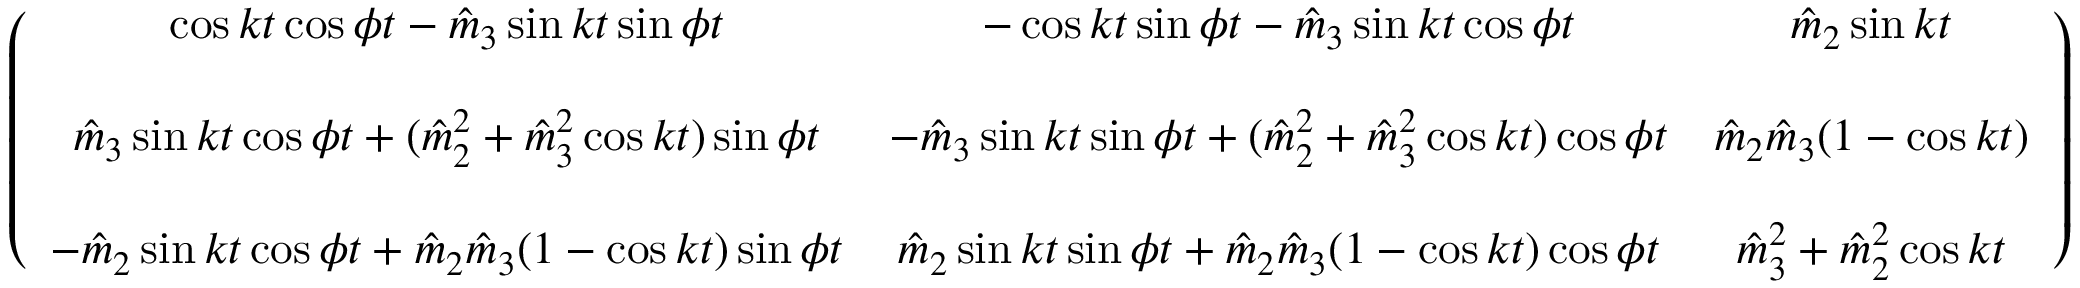
\begin{array} { r } { \left( \begin{array} { c c c } { \cos k t \cos \phi t - \hat { m } _ { 3 } \sin k t \sin \phi t } & { - \cos k t \sin \phi t - \hat { m } _ { 3 } \sin k t \cos \phi t } & { \hat { m } _ { 2 } \sin k t } \\ { } & { } & { } \\ { \hat { m } _ { 3 } \sin k t \cos \phi t + ( \hat { m } _ { 2 } ^ { 2 } + \hat { m } _ { 3 } ^ { 2 } \cos k t ) \sin \phi t } & { - \hat { m } _ { 3 } \sin k t \sin \phi t + ( \hat { m } _ { 2 } ^ { 2 } + \hat { m } _ { 3 } ^ { 2 } \cos k t ) \cos \phi t } & { \hat { m } _ { 2 } \hat { m } _ { 3 } ( 1 - \cos k t ) } \\ { } & { } & { } \\ { - \hat { m } _ { 2 } \sin k t \cos \phi t + \hat { m } _ { 2 } \hat { m } _ { 3 } ( 1 - \cos k t ) \sin \phi t } & { \hat { m } _ { 2 } \sin k t \sin \phi t + \hat { m } _ { 2 } \hat { m } _ { 3 } ( 1 - \cos k t ) \cos \phi t } & { \hat { m } _ { 3 } ^ { 2 } + \hat { m } _ { 2 } ^ { 2 } \cos k t } \end{array} \right) } \end{array}